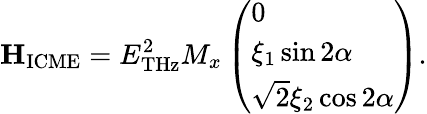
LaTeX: \mathbf{H}_{\mathrm{ICME}}=E_{\mathrm{THz}}^{2}M_{x}\left(\begin{array}{l}{0}\\ {\xi_{1}\sin 2\alpha}\\ {\sqrt{2}\xi_{2}\cos 2\alpha}\end{array}\right).